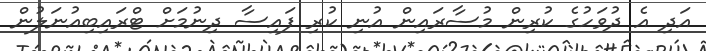
އަދި އެ ދުވަހުގެ ކުރިން މުސާރައިން އުނި ކުރި ފައިސާ ދިނުމަށް ޓްރައިބިއުނަލުން